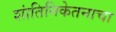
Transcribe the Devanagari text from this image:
शांतिनिकेतनाचा